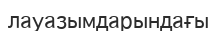
лауазымдарындағы